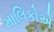
માલિકોએ